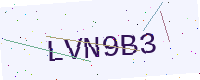
Text: LVN9B3